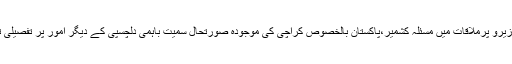
اس سے قبل نائن زیرو پرملاقات میں مسئلہ کشمیر،پاکستان بالخصوص کراچی کی موجودہ صورتحال سمیت باہمی دلچسپی کے دیگر امور پر تفصیلی تبادلہ خیال کیاگیا۔